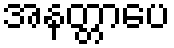
အနတ္တာပေ